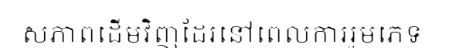
សភាពដើមវិញដែរនៅពេលការរួមភេទ